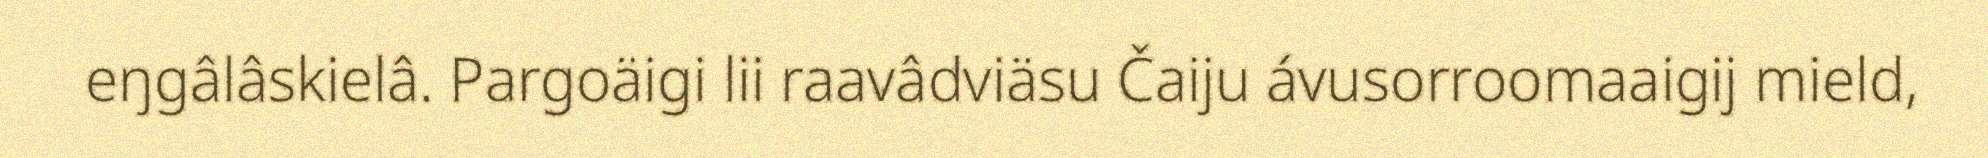
eŋgâlâskielâ. Pargoäigi lii raavâdviäsu Čaiju ávusorroomaaigij mield,